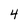
Character: 4